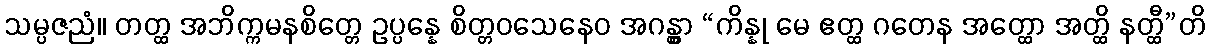
သမ္ပဇညံ။ တတ္ထ အဘိက္ကမနစိတ္တေ ဥပ္ပန္နေ စိတ္တဝသေနေဝ အဂန္တွာ “ကိန္နု မေ ဧတ္ထ ဂတေန အတ္ထော အတ္ထိ နတ္ထီ”တိ